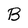
Character: B